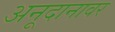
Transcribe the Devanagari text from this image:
अनूदानावर